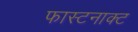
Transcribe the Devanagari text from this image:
फास्टनाक्ट